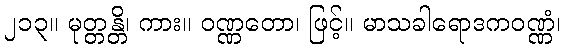
၂၁၃။ မုတ္တန္တိ၊ ကား။ ဝဏ္ဏတော၊ ဖြင့်။ မာသခါရောဒကဝဏ္ဏံ၊